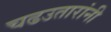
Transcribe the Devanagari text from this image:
चढउतारांनी